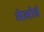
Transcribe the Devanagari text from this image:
मेलोर्ड